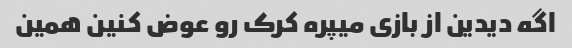
اگه دیدین از بازی میپره کرک رو عوض کنین همین